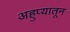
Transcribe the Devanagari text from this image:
अहुप्यातून